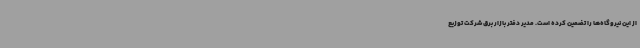
از این نیروگاه‌ها را تضمین کرده است. مدیر دفتر بازار برق شرکت توزیع